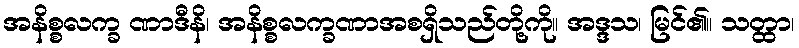
အနိစ္စလက္ခ ဏာဒီနိ၊ အနိစ္စလက္ခဏာအစရှိသည်တို့ကို။ အဒ္ဒသ၊ မြင်၏။ သတ္ထာ၊